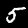
Digit: 5